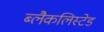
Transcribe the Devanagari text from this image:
ब्लैकलिस्टेड